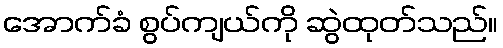
အောက်ခံ စွပ်ကျယ်ကို ဆွဲထုတ်သည်။